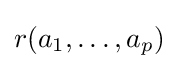
r(a_{1},\ldots ,a_{p})